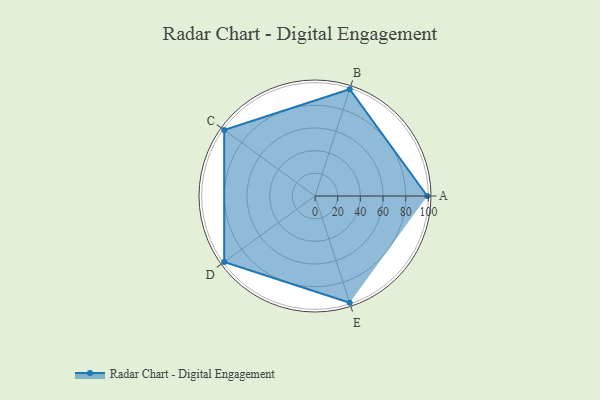
{"axis": {"x": "Skill", "y": "Score"}, "legend": ["Profile"], "data": [{"x": "A", "y": 99.0, "type": "Profile"}, {"x": "B", "y": 99, "type": "Profile"}, {"x": "C", "y": 99, "type": "Profile"}, {"x": "D", "y": 99, "type": "Profile"}, {"x": "E", "y": 99, "type": "Profile"}]}